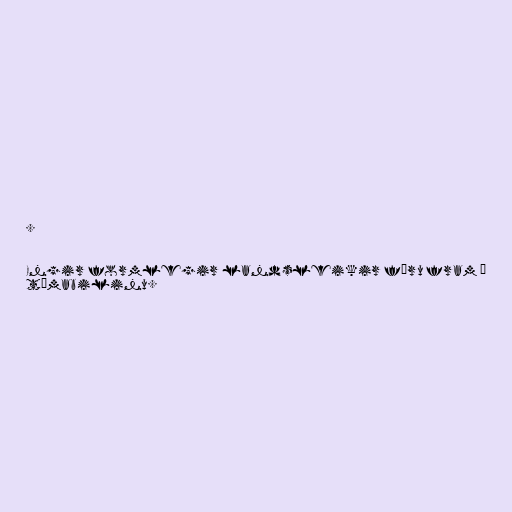
.

Engir formlegir landsleikir fóru fram á
tímabilinu.